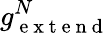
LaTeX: g_{\mathrm{~e~x~t~e~n~d~}}^{N}